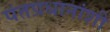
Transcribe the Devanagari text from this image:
पंतप्रधानांशी